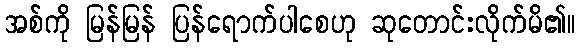
အစ်ကို မြန်မြန် ပြန်ရောက်ပါစေဟု ဆုတောင်းလိုက်မိ၏။